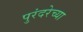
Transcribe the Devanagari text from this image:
पुरंदरेच्या